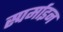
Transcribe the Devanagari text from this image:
स्पर्माइन